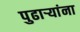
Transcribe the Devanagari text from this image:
पुढाऱ्यांना